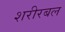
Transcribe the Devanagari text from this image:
शरीरबल